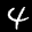
Label: 4